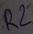
Text: R2